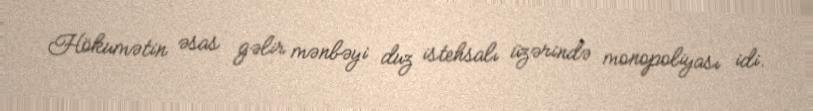
Hökumətin əsas gəlir mənbəyi duz istehsalı üzərində monopoliyası idi.